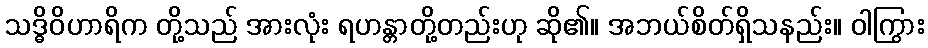
သဒ္ဓိဝိဟာရိက တို့သည် အားလုံး ရဟန္တာတို့တည်းဟု ဆို၏။ အဘယ်စိတ်ရှိသနည်း။ ဝါကြွား